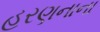
હરણનાના